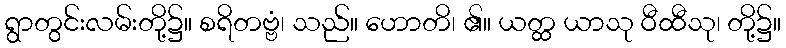
ရွာတွင်းလမ်းတို့၌။ စရိတဗ္ဗံ၊ သည်။ ဟောတိ၊ ၏။ ယတ္ထ ယာသု ဝီထီသု၊ တို့၌။